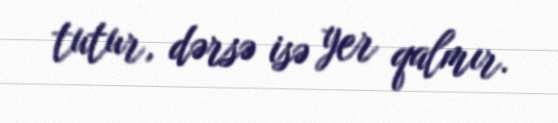
tutur, dərsə isə yer qalmır.